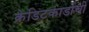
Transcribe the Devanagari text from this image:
क्रेडिटकार्डाची